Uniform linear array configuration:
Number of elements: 24
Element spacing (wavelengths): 0.75
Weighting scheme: cosine
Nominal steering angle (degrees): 0
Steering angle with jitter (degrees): -0.2186
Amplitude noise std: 0.05
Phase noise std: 0.05

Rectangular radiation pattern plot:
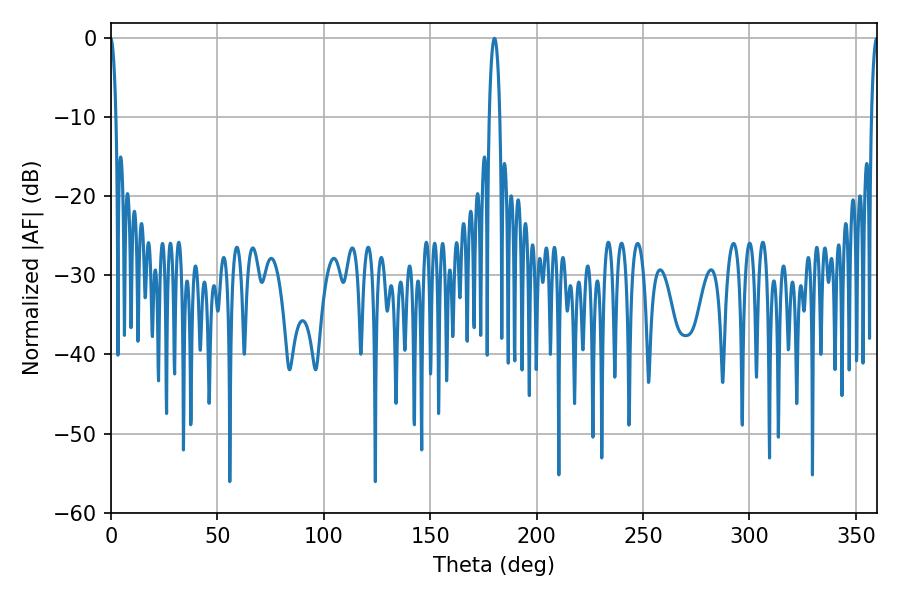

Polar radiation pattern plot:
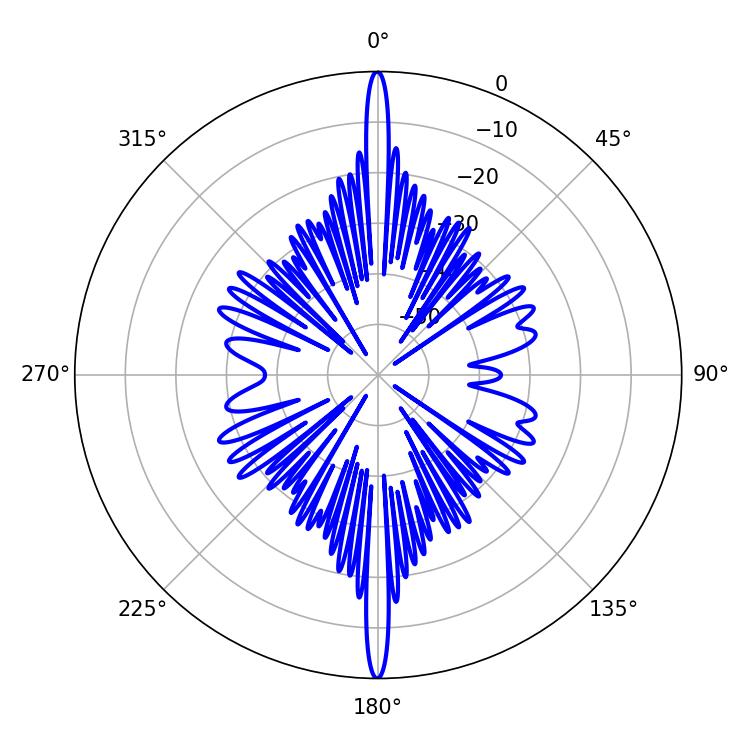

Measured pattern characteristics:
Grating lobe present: TRUE
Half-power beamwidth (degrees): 2.88
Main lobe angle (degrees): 180.18